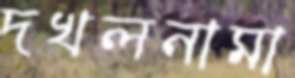
দখলনামা